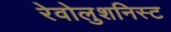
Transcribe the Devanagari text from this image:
रेवोलुशनिस्ट